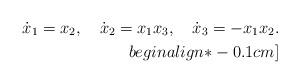
LaTeX: \begin{align*}\dot{x}_{1} = x_{2},~~~ \dot{x}_{2} = x_{1}x_{3},~~~\dot{x}_{3} =- x_{1}x_{2}. \\begin{align*}-0.1cm]\end{align*}